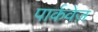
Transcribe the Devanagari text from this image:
पार्कवेज़